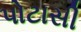
પોટાસી